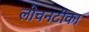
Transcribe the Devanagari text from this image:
लोचनटीका